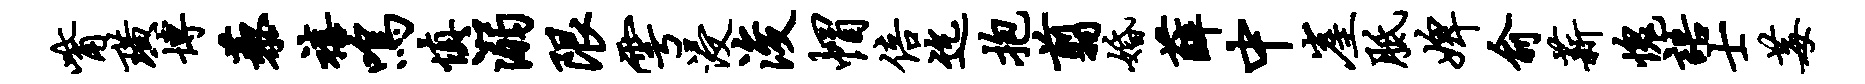
觜璜博藜禧鸣慎溺限雩浸浚帽倍迄抱翦婚薛中崖胝婢俞薪愧语士莓